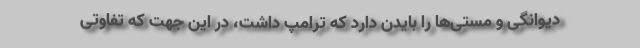
دیوانگی و مستی‌ها را بایدن دارد که ترامپ داشت، در این جهت که تفاوتی